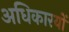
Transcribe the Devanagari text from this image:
अधिकारयों